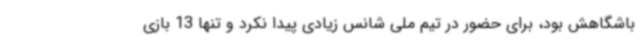
باشگاهش بود، برای حضور در تیم ملی شانس زیادی پیدا نکرد و تنها 13 بازی